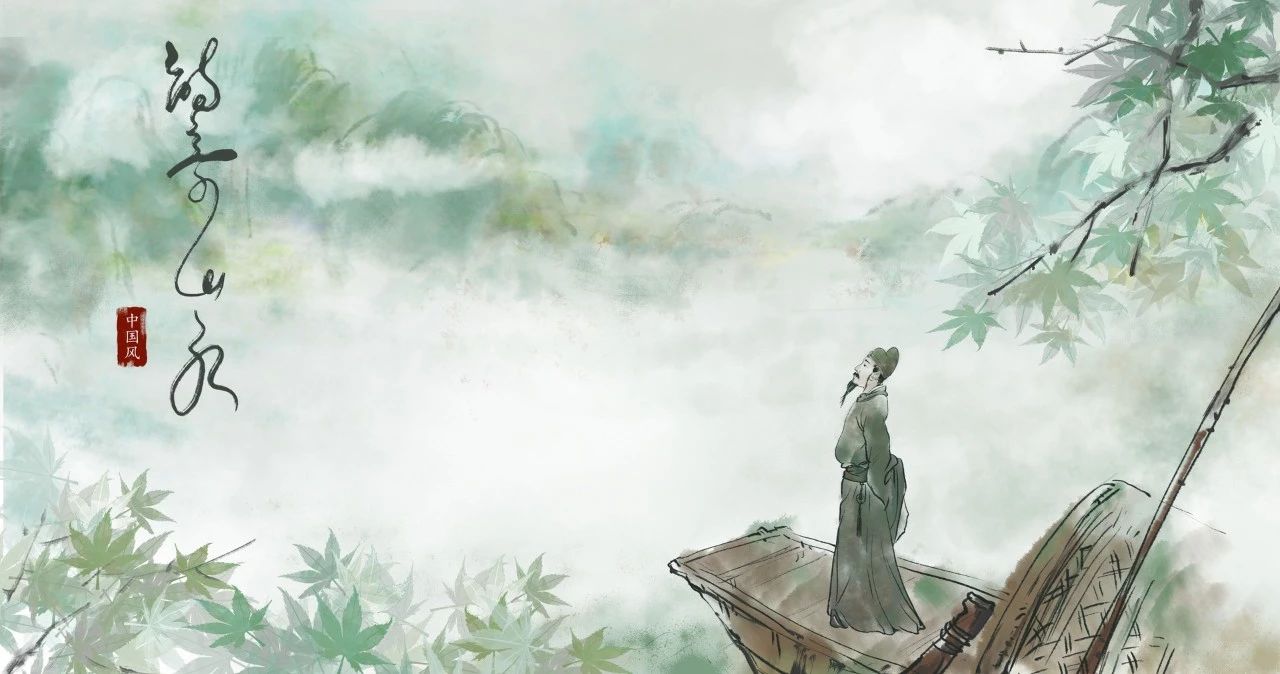
秋风万里芙蓉国，暮雨千家薜荔村。